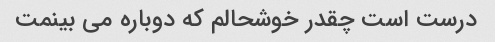
درست است چقدر خوشحالم که دوباره می بینمت